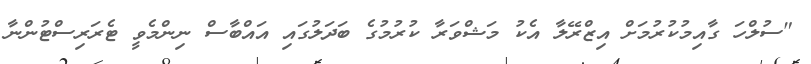
"ސުލްހަ ގާއިމުކުރުމަށް އިޒްރޭލާ އެކު މަޝްވަރާ ކުރުމުގެ ބަދަލުގައި އައްބާސް ނިންމެވީ ޓެރަރިސްޓުންނާ